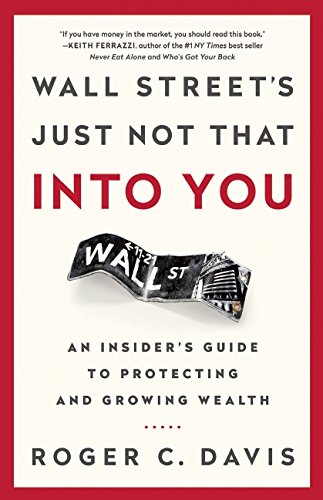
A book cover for Wall Street's Just Not That Into You: An InsiderEEs Guide to Protecting and Growing Wealth; Roger C. Davis; Business & Money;